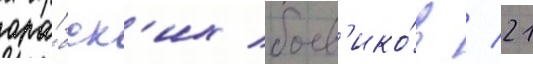
ара́бск'их боев'ико́в / 21